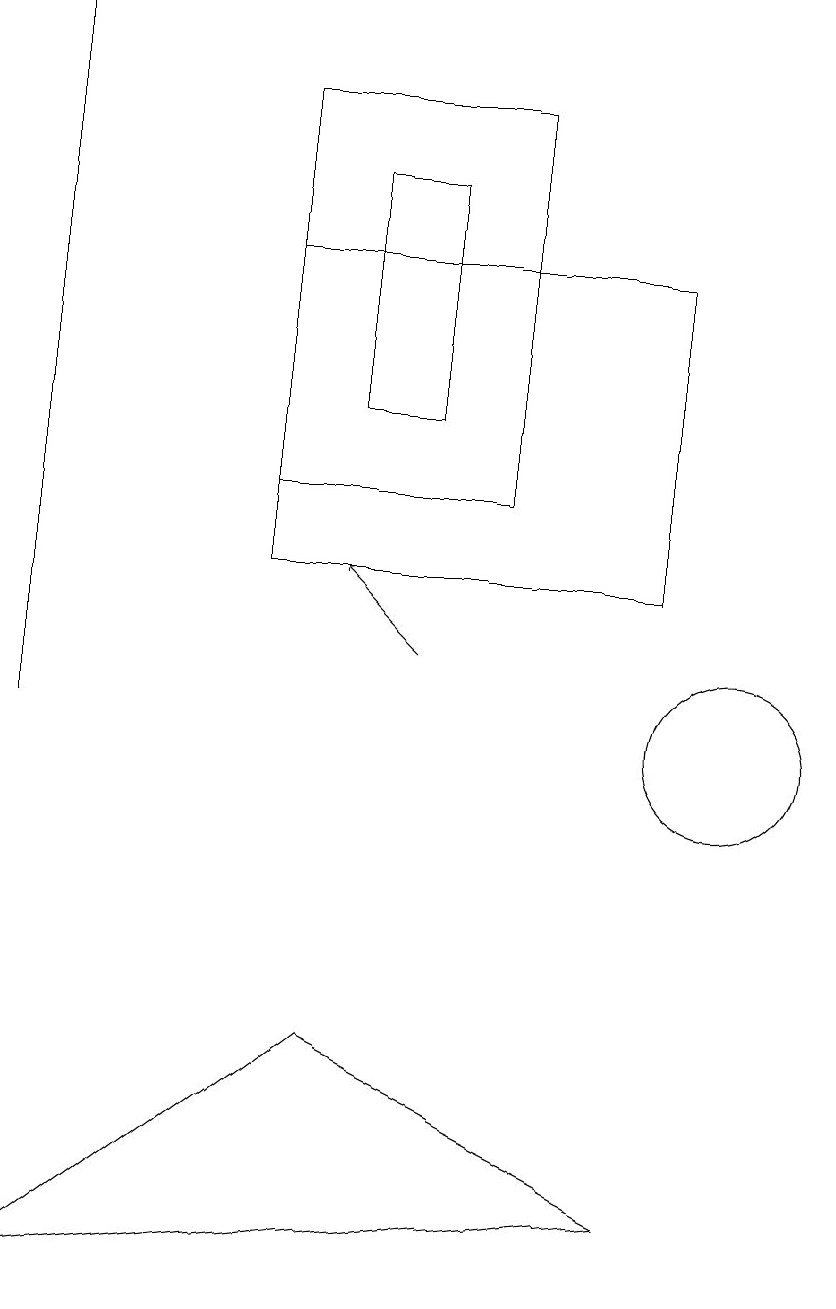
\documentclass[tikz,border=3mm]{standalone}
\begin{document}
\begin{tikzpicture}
\draw[->] (1,10) -- (1,19);
\draw (10,10) circle (1);
\draw (1,3) -- (5,6) -- (9,4) -- cycle;
\draw (6,17) rectangle (5,14);
\draw (7,13) rectangle (4,18);
\draw[->] (6,11) -- (5,12);
\draw (4,12) rectangle (9,16);
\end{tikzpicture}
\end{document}